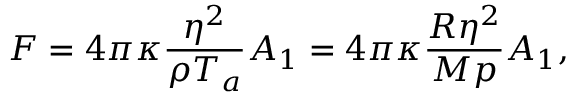
F = 4 \pi \kappa \frac { \eta ^ { 2 } } { \rho T _ { a } } A _ { 1 } = 4 \pi \kappa \frac { R \eta ^ { 2 } } { M p } A _ { 1 } ,